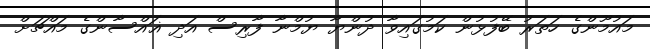
މައުމޫންގެ ހަތަރު ބޭފުޅުން ކަމުގައިވާ ދުންޔާ ޔުމްނާ ފާރިސް އަދި ޣައްސާންގެ މައްޗަށް